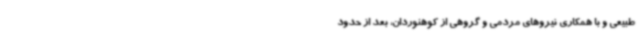
طبیعی و با همکاری نیروهای مردمی و گروهی از کوهنوردان، بعد از حدود